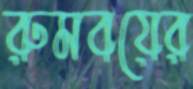
রুমবয়ের